65_HS1-834228961_62-HQ-83894_Section_9
Agency: FBI
Page 286
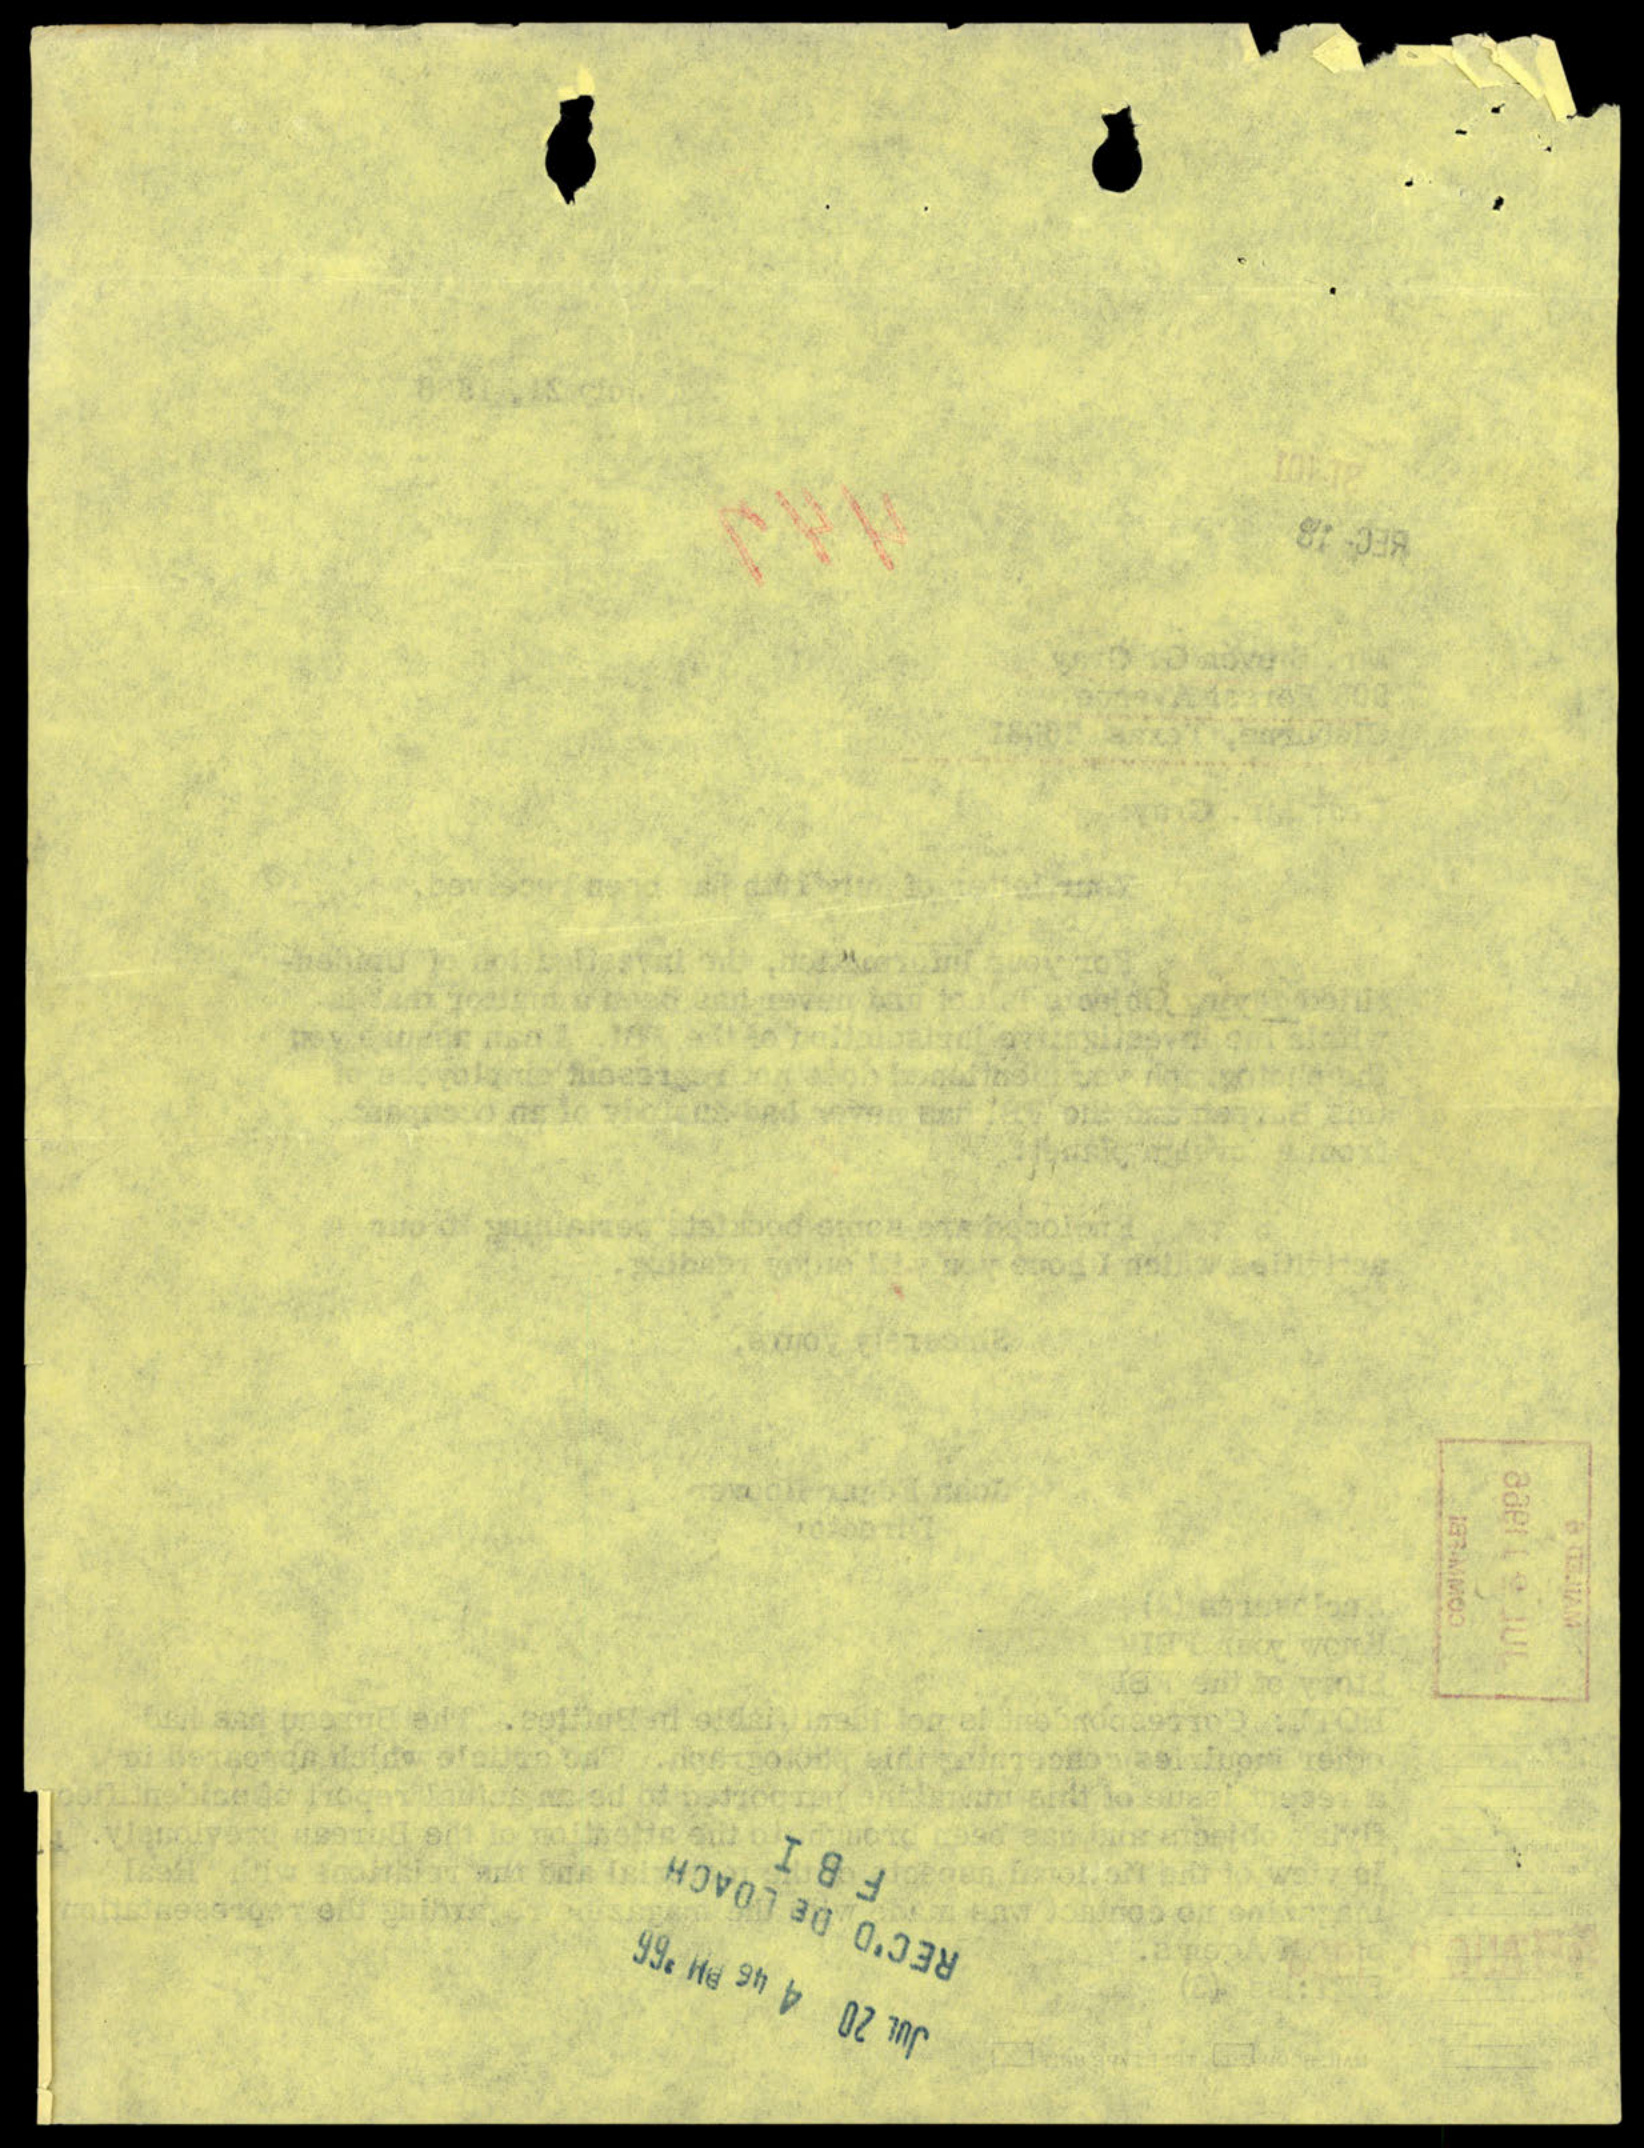